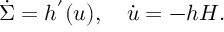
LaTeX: \dot { \Sigma } = h ^ { ' } ( u ) , \quad \dot { u } = - h H .